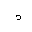
Letter: _dal